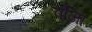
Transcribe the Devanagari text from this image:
वजिा